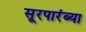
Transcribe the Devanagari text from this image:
सूरपारंब्या